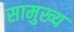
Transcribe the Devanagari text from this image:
सामुख्य